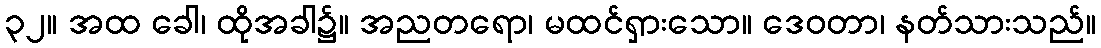
၃၂။ အထ ခေါ၊ ထိုအခါ၌။ အညတရော၊ မထင်ရှားသော။ ဒေဝတာ၊ နတ်သားသည်။